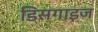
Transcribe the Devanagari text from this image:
डिसगाइज